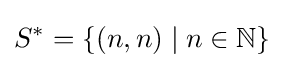
S^{*}=\{(n,n)\mid n\in \mathbb {N} \}